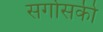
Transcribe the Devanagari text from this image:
सर्गोसकी